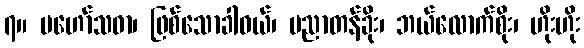
၇။ မဟော်သဓာ၊ ဖြစ်သောခါဝယ်၊ ပညာတန်ခိုး၊ ဘယ်လောက်စိုး၊ ဟိုးဟိုး